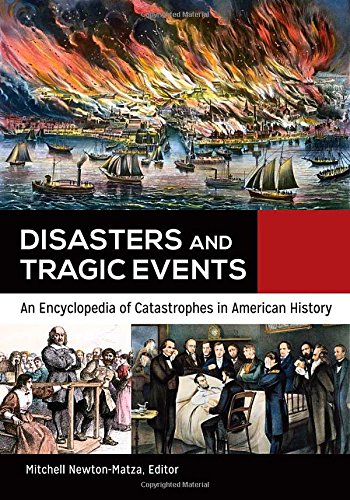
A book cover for Disasters and Tragic Events [2 volumes]: An Encyclopedia of Catastrophes in American History; Politics & Social Sciences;